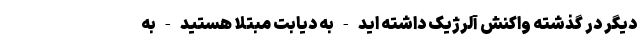
دیگر در گذشته واکنش آلرژیک داشته اید - به دیابت مبتلا هستید - به